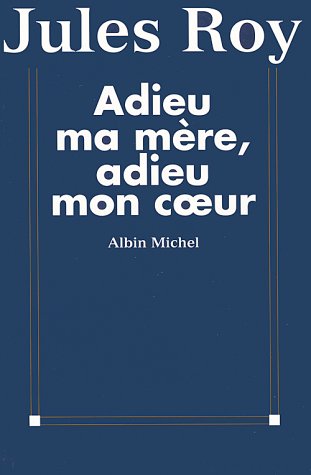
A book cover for Adieu Ma Mere, Adieu Mon Co Eur (Critiques, Analyses, Biographies Et Histoire Litteraire) (French Edition); Jules Roy; Travel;